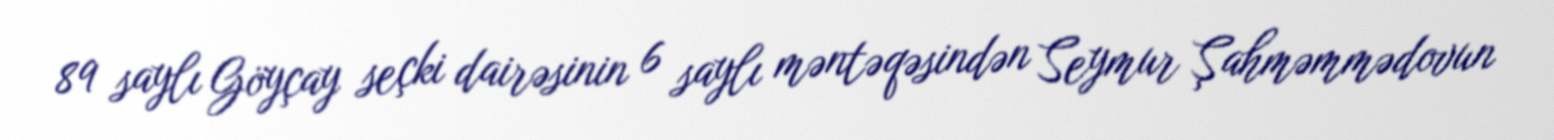
89 saylı Göyçay seçki dairəsinin 6 saylı məntəqəsindən Seymur Şahməmmədovun